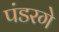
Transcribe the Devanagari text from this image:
पंडरगे